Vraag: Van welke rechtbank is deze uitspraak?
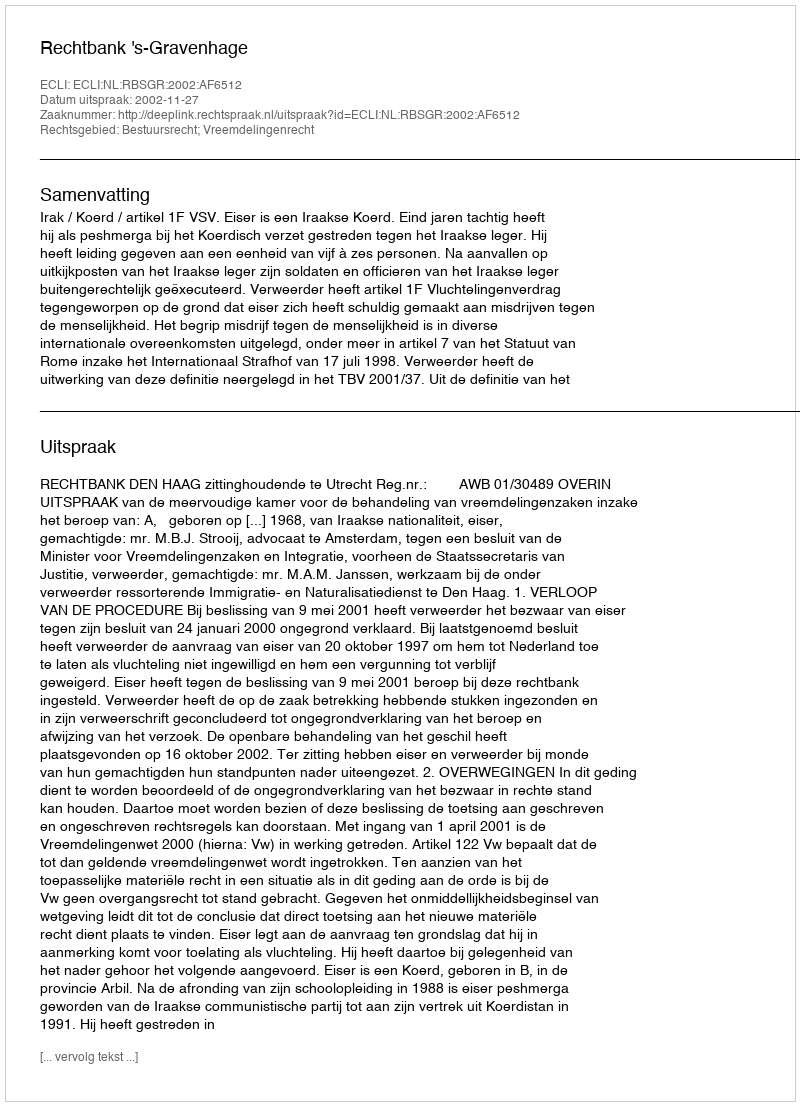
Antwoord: Rechtbank 's-Gravenhage